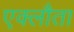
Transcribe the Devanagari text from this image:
एक्लौता